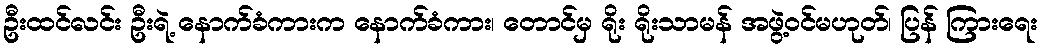
ဦးထင်လင်း ဦးရဲ့ နောက်ခံကားက နောက်ခံကား၊ တောင်မှ ရိုး ရိုးသာမန် အဖွဲ့ဝင်မဟုတ်၊ ပြန် ကြားရေး